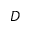
D